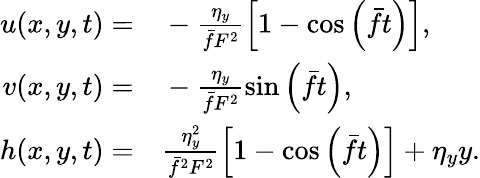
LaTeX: \begin{array}{rl}{u(x,y,t)=}&{{}-\frac{\eta_{y}}{\bar{f}F^{2}}\left[1-\cos\left(\bar{f}t\right)\right],}\\ {v(x,y,t)=}&{{}-\frac{\eta_{y}}{\bar{f}F^{2}}\sin\left(\bar{f}t\right),}\\ {h(x,y,t)=}&{{}\frac{\eta_{y}^{2}}{\bar{f}^{2}F^{2}}\left[1-\cos\left(\bar{f}t\right)\right]+\eta_{y}y.}\end{array}